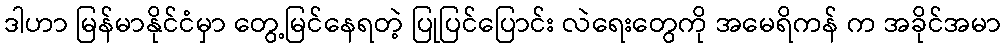
ဒါဟာ မြန်မာနိုင်ငံမှာ တွေ့မြင်နေရတဲ့ ပြုပြင်ပြောင်း လဲရေးတွေကို အမေရိကန် က အခိုင်အမာ